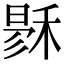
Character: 𥟙